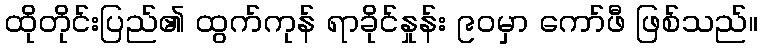
ထိုတိုင်းပြည်၏ ထွက်ကုန် ရာခိုင်နှုန်း ၉၀မှာ ကော်ဖီ ဖြစ်သည်။